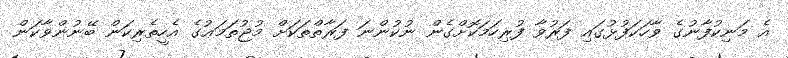
އެ މަނިކުފާނުގެ ވާހަކަފުޅުގައި ފަރުވާ ފުރިހަމަކޮށްގެން ނުކުންނަ ފަރާތްތަކަށް މުޖުތަމަޢުގެ އެހީތެރިކަން ބޭނުންވާކަން